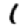
Digit: 1